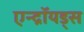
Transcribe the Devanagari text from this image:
एन्द्रॉयड्स